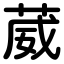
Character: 葳